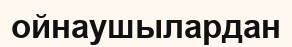
ойнаушылардан